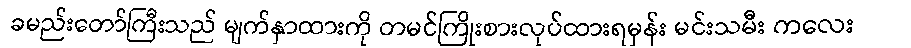
ခမည်းတော်ကြီးသည် မျက်နှာထားကို တမင်ကြိုးစားလုပ်ထားရမှန်း မင်းသမီး ကလေး